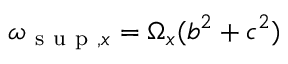
\omega _ { \mathrm { ~ s ~ u ~ p ~ } , x } = \Omega _ { x } ( b ^ { 2 } + c ^ { 2 } )